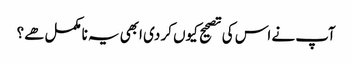
آپ نے اس کی تصحیح کیوں کر دی ابھی یہ نامکمل هے؟